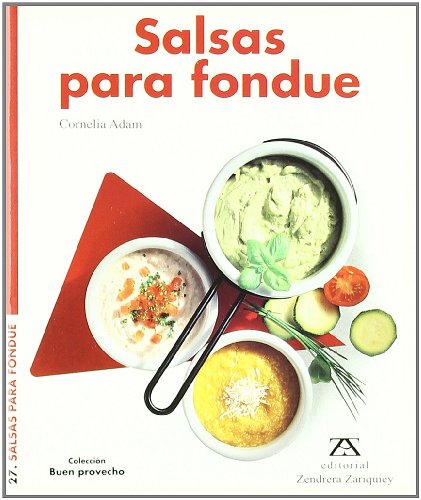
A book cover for Salsas Para Fondue (Spanish Edition); Cornelia Adam; Cookbooks, Food & Wine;